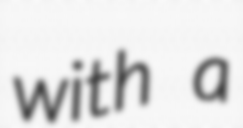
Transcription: with a